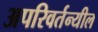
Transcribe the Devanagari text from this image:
अपरिवर्तन्यील